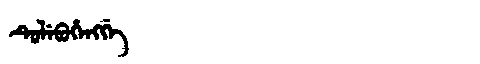
Manchu: ᡨᡠᠯᡝᠪᡠᡥᡝᠩᡤᡝ
Romanization: TULEBUHENGGE